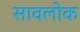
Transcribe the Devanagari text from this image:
सावलोक